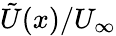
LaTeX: \tilde{U}(x)/U_{\infty}